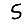
Digit: 5